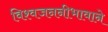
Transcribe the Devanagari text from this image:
विश्वजननीभावाने